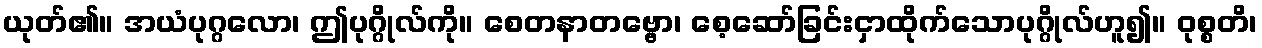
ယုတ်၏။ အယံပုဂ္ဂလော၊ ဤပုဂ္ဂိုလ်ကို။ စေတနာတဗ္ဗော၊ စေ့ဆော်ခြင်းငှာထိုက်သောပုဂ္ဂိုလ်ဟူ၍။ ဝုစ္စတိ၊